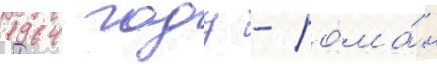
1964 году - рома́н